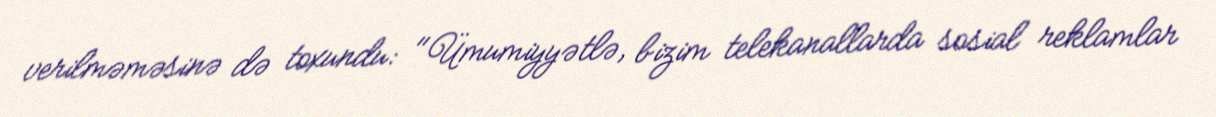
verilməməsinə də toxundu: "Ümumiyyətlə, bizim telekanallarda sosial reklamlar